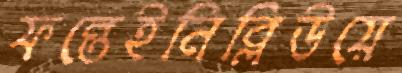
ফন্তেইনিব্লিউয়ে